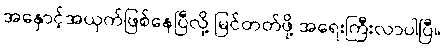
အနှောင့်အယှက်ဖြစ်နေပြီလို့ မြင်တတ်ဖို့ အရေးကြီးလာပါပြီ။